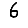
Digit: 6